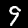
Digit: 9